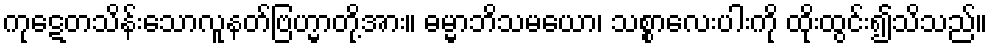
ကုဋေတသိန်းသောလူနတ်ဗြဟ္မာတို့အား။ ဓမ္မာဘိသမယော၊ သစ္စာလေးပါးကို ထိုးထွင်း၍သိသည်။